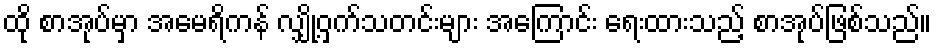
ထို စာအုပ်မှာ အမေရိကန် လျှို့ဝှက်သတင်းများ အကြောင်း ရေးထားသည့် စာအုပ်ဖြစ်သည်။